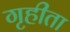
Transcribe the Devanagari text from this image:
गृहीता